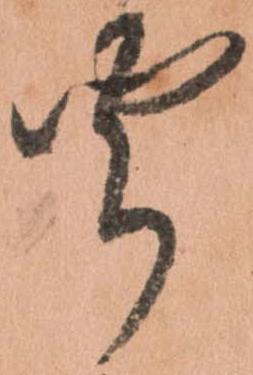
聞